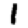
Digit: 1